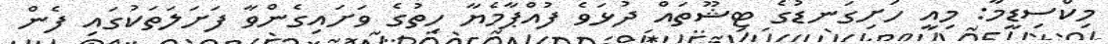
މިކްސިޑީމާ: މިއީ ހަށިގަނޑުގެ ޓިޝޫތައް ދުޅަވެ ފުއްޕާމެޔާ ހިތުގެ ވަށައިގެންވާ ފަށަލަތަކުގައި ފެން